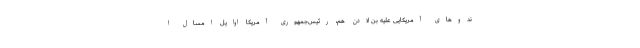
ندوهای آمریکایی علیه بن لادن هم، رئیس‌جمهوری آمریکا اوایل امسال ا